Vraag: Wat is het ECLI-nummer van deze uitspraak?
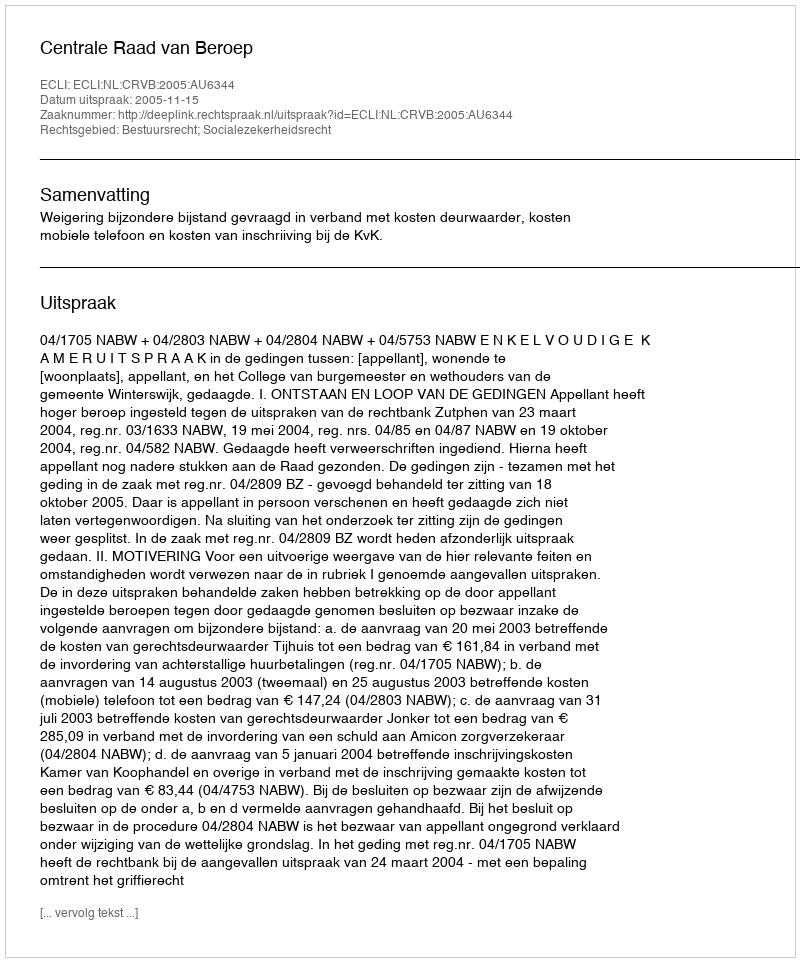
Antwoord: ECLI:NL:CRVB:2005:AU6344